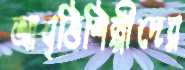
আবৃত্তিশিল্পীদের